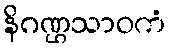
နိဂဏ္ဌသာဝကံ